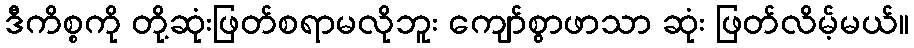
ဒီကိစ္စကို တို့ဆုံးဖြတ်စရာမလိုဘူး ကျော်စွာဖာသာ ဆုံး ဖြတ်လိမ့်မယ်။